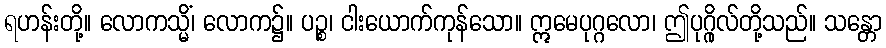
ရဟန်းတို့။ လောကသ္မိံ၊ လောက၌။ ပဉ္စ၊ ငါးယောက်ကုန်သော။ ဣမေပုဂ္ဂလော၊ ဤပုဂ္ဂိုလ်တို့သည်။ သန္တော